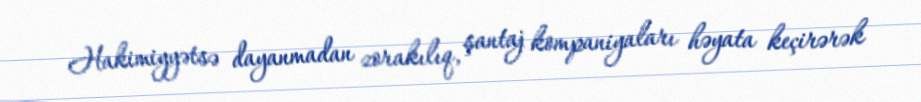
Hakimiyyətsə dayanmadan zorakılıq, şantaj kompaniyaları həyata keçirərək